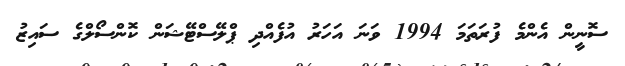
ސޮނީން އެންމެ ފުރަތަމަ 1994 ވަނަ އަހަރު އުފެއްދި ޕްލޭސްޓޭޝަން ކޮންސޯލްގެ ސައިޒު